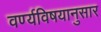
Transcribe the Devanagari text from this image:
वर्ण्यविषयानुसार